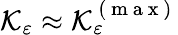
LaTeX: \mathcal{K}_{\varepsilon}\approx\mathcal{K}_{\varepsilon}^{\mathrm{~(~m~a~x~)~}}